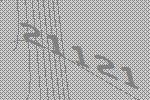
21121